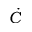
\dot { C }